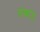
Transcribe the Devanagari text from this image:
तवाउ